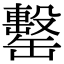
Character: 罊